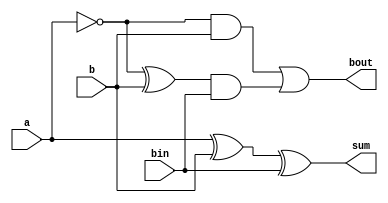
module full_subtractor (
    input a, 
    input b, 
    input bin,
    output sum,
    output bout
);

// Internal signals
reg diff;
reg b_temp;

// Calculate difference
assign diff = a ^ b ^ bin;

// Calculate borrow-out
assign b_temp = ~a & b | (~a ^ b) & bin;
assign sum = diff;
assign bout = b_temp;

endmodule